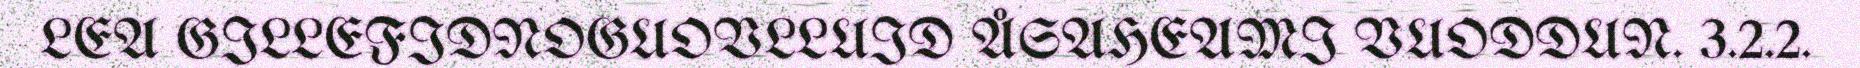
LEA GILLEFIDNOGUOVLLUID ÅSAHEAMI VUODDUN. 3.2.2.